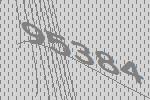
95384